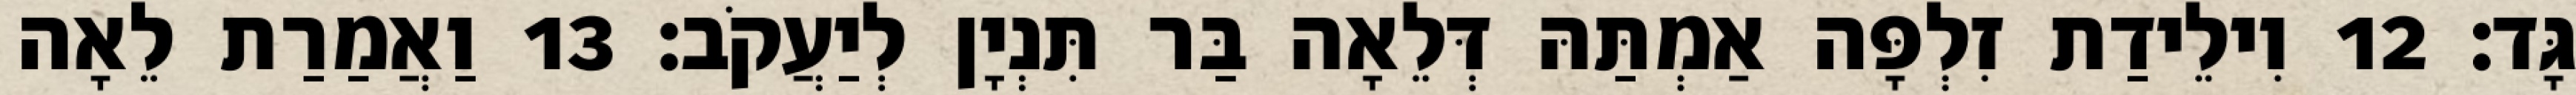
גָּד׃ 12 וִילֵידַת זִלְפָּה אַמְתַּהּ דְּלֵאָה בַּר תִּנְיָן לְיַעֲקֹב׃ 13 וַאֲמַרַת לֵאָה